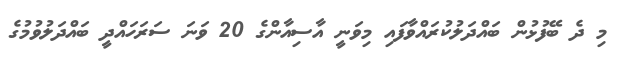
މި ދެ ބޭފުޅުން ބައްދަލުކުރައްވާފައި މިވަނީ އާސިއާންގެ 20 ވަނަ ސަރަހައްދީ ބައްދަލުވުމުގެ